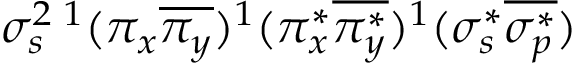
\sigma _ { s } ^ { 2 } { } \, ^ { 1 } ( \pi _ { x } \overline { { \pi _ { y } } } ) ^ { 1 } ( \pi _ { x } ^ { * } \overline { { \pi _ { y } ^ { * } } } ) ^ { 1 } ( \sigma _ { s } ^ { * } \overline { { \sigma _ { p } ^ { * } } } )